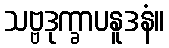
သဗ္ဗဒုက္ခာပနူဒနံ။